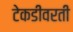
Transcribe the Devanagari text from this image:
टेकडीवरती